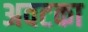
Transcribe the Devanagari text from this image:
अवटका